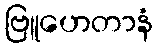
ဗြူဟေတာနံ